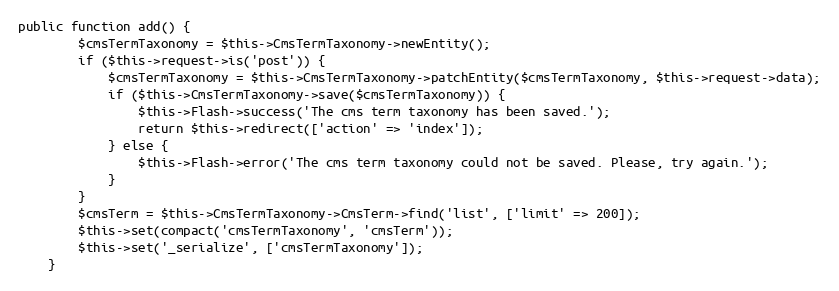
Language: PHP
public function add() {
        $cmsTermTaxonomy = $this->CmsTermTaxonomy->newEntity();
        if ($this->request->is('post')) {
            $cmsTermTaxonomy = $this->CmsTermTaxonomy->patchEntity($cmsTermTaxonomy, $this->request->data);
            if ($this->CmsTermTaxonomy->save($cmsTermTaxonomy)) {
                $this->Flash->success('The cms term taxonomy has been saved.');
                return $this->redirect(['action' => 'index']);
            } else {
                $this->Flash->error('The cms term taxonomy could not be saved. Please, try again.');
            }
        }
        $cmsTerm = $this->CmsTermTaxonomy->CmsTerm->find('list', ['limit' => 200]);
        $this->set(compact('cmsTermTaxonomy', 'cmsTerm'));
        $this->set('_serialize', ['cmsTermTaxonomy']);
    }